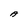
Character: A